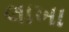
લાખા